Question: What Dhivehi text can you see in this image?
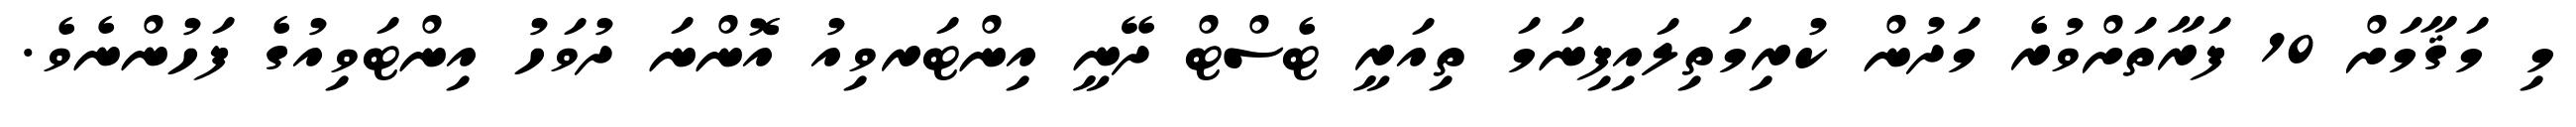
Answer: މި މަޤާމަށް 10 ފަރާތަށްވުރެ މަދުން ކުރިމަތިލައިފިނަމަ ތިއަރީ ޓެސްޓް ދޭނީ އިންޓަރވިއު އޮންނަ ދުވަހު އިންޓަވިއުގެ ފަހުންނެވެ.